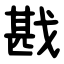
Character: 戡